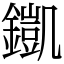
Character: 𨬫